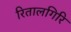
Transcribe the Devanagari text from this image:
रितालगिरि